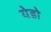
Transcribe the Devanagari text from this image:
येडो